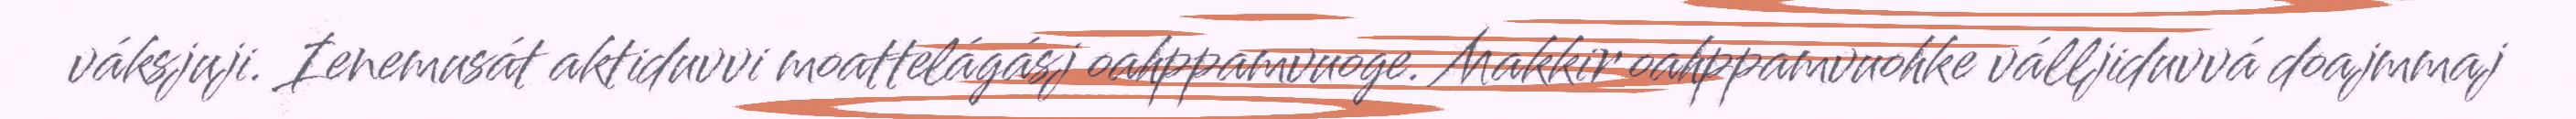
váksjuji. Ienemusát aktiduvvi moattelágásj oahppamvuoge. Makkir oahppamvuohke válljiduvvá doajmmaj